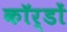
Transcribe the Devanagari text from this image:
कॉर्डों